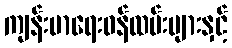
ကျန်းမာရေးဝန်ထမ်းများနှင့်